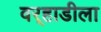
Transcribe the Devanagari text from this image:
वर्‍हाडीला